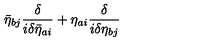
\bar { \eta } _ { b j } \frac { \delta } { i \delta \bar { \eta } _ { a i } } + \eta _ { a i } \frac { \delta } { i \delta \eta _ { b j } }